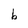
Character: b